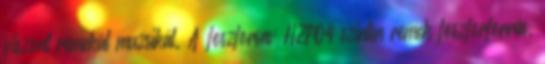
viszont remekül muzsikál. A foszforsav H2PO4 szintén remek foszforforrás.